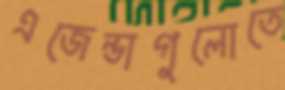
এজেন্ডাগুলোতে